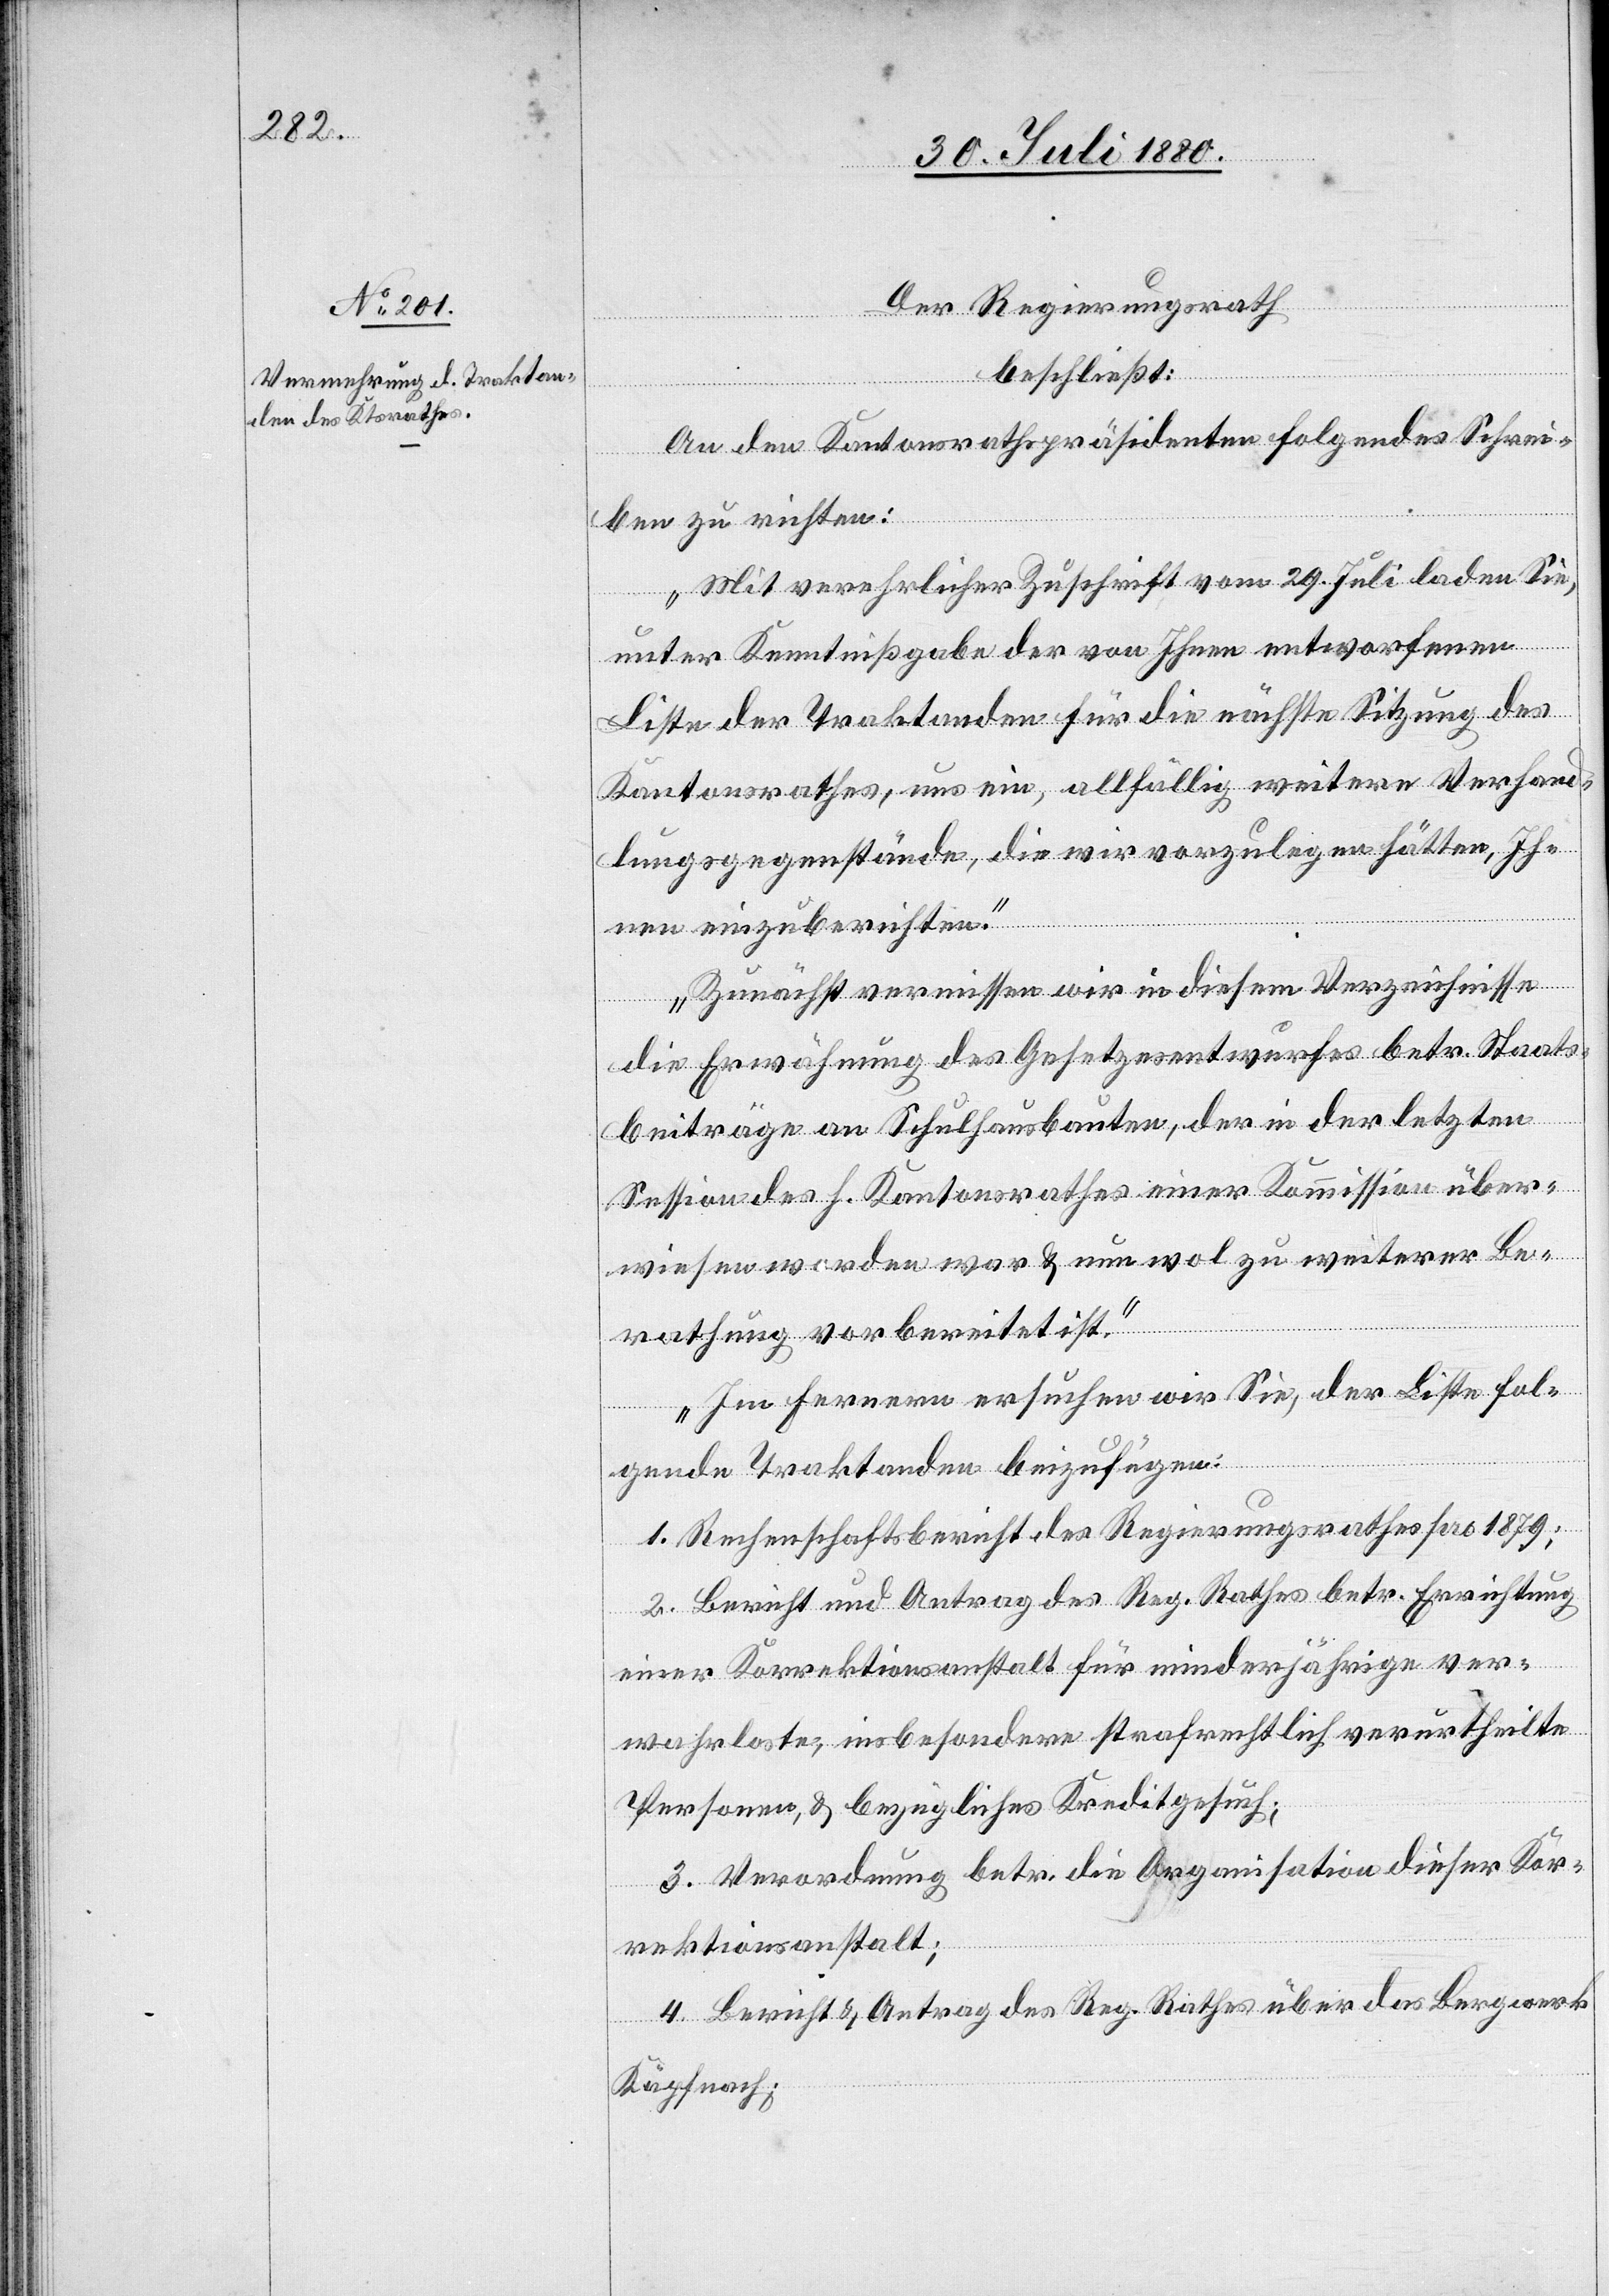
Der Regierungsrath
beschließt:
An den Kantonsrathspräsidenten folgendes Schrei¬
ben zu richten:
„Mit verehrlicher Zuschrift vom 29. Juli laden Sie,
unter Kenntnißgabe der von Ihnen entworfenen
Liste der Traktanden für die nächste Sitzung des
Kantonsrathes, uns ein, allfällig weitere Verhand¬
lungsgegenstände, die wir vorzulegen hätten, Ih¬
nen einzuberichten.
Zunächst vermissen wir in diesem Verzeichnisse
die Erwähnung des Gesetzesentwurfes betr. Staats¬
beiträge an Schulhausbauten, der in der letzten
Session des h. Kantonsrathes einer Kommission über¬
wiesen worden war & nun wol zu weiterer Be¬
rathung vorbereitet ist.
Im Ferneren ersuchen wir Sie, der Liste fol¬
genden Traktanden beizufügen:
1. Rechenschaftsbericht des Regierungsrathes pro 1879;
2. Bericht und Antrag des Reg. Rathes betr. Errichtung
einer Korrektionsanstalt für minderjährige ver¬
wahrloste, im besondern strafrechtlich verurtheilte
Personen, & bezügliches Kreditgesuch;
3. Verordnung betr. die Organisation dieser Kor¬
rektionsanstalt;
4. Bericht & Antrag des Reg. Rathes über das Bergwerk
Käpfnach;